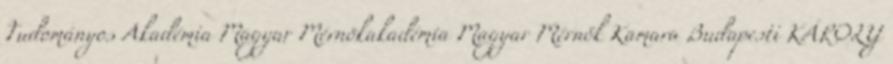
Tudományos Akadémia Magyar Mérnökakadémia Magyar Mérnök Kamara Budapesti KÁROLY